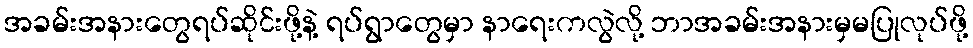
အခမ်းအနားတွေရပ်ဆိုင်းဖို့နဲ့ ရပ်ရွာတွေမှာ နာရေးကလွဲလို့ ဘာအခမ်းအနားမှမပြုလုပ်ဖို့